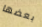
بعضها